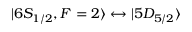
\lvert 6 S _ { 1 / 2 } , F = 2 \rangle \leftrightarrow \lvert 5 D _ { 5 / 2 } \rangle